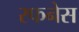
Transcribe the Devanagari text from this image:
रफनेस